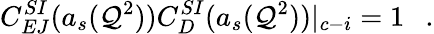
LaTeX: C_{EJ}^{SI}(a_{s}(\mathcal{Q}^{2}))C_{D}^{SI}(a_{s}(\mathcal{Q}^{2}))|_{c-i}=1~~~.